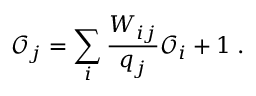
\mathcal { O } _ { j } = \sum _ { i } \frac { W _ { i j } } { q _ { j } } \mathcal { O } _ { i } + 1 \; .